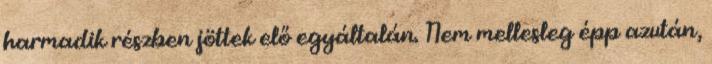
harmadik részben jöttek elő egyáltalán. Nem mellesleg épp azután,